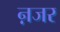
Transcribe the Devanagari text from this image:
ऩजर